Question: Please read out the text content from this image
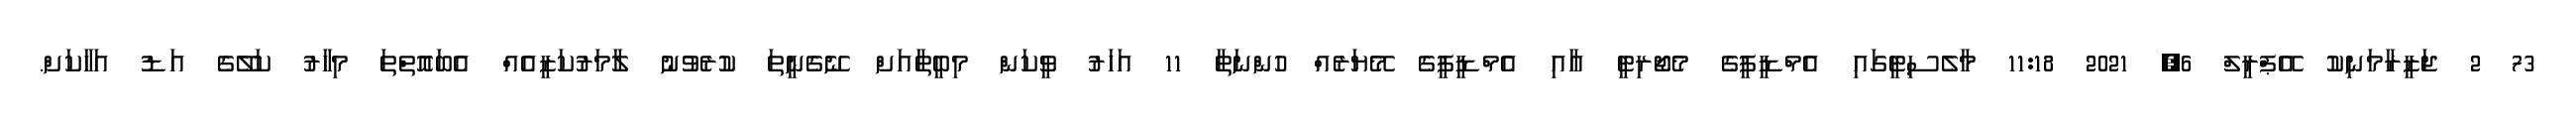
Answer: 73 2 ޖަޒީރާމަނިކު އޭޕްރީލް 6, 2021 11:18 މާލެސިޓީގައި އެމްޑީޕީގެ މެޖޯރިޓީ އާއި އެމްޑީޕީގެ މޭޔަރެއް ހުންނަތާ 11 އަހަރު ވީކަން މިބީތާއަށް ނޭގެނީތަ ކުރެވުނު ލާމަރުކަޒީއެއް އެބައޮތްތަ މިހާރު ކަލޭގެ އަޑު އަހާކަށް.